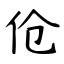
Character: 伧